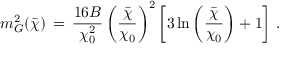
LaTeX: m _ { G } ^ { 2 } ( \bar { \chi } ) \, = \, \frac { 1 6 B } { \chi _ { 0 } ^ { 2 } } \left( \frac { \bar { \chi } } { \chi _ { 0 } } \right) ^ { 2 } \left[ 3 \ln \left( \frac { \bar { \chi } } { \chi _ { 0 } } \right) + 1 \right] \, .